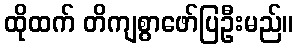
ထိုထက် တိကျစွာဖော်ပြဦးမည်။